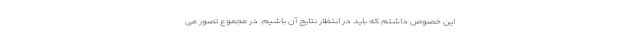
این خصوص داشتم که باید در انتظار نتایج آن باشیم. در مجموع تصور می